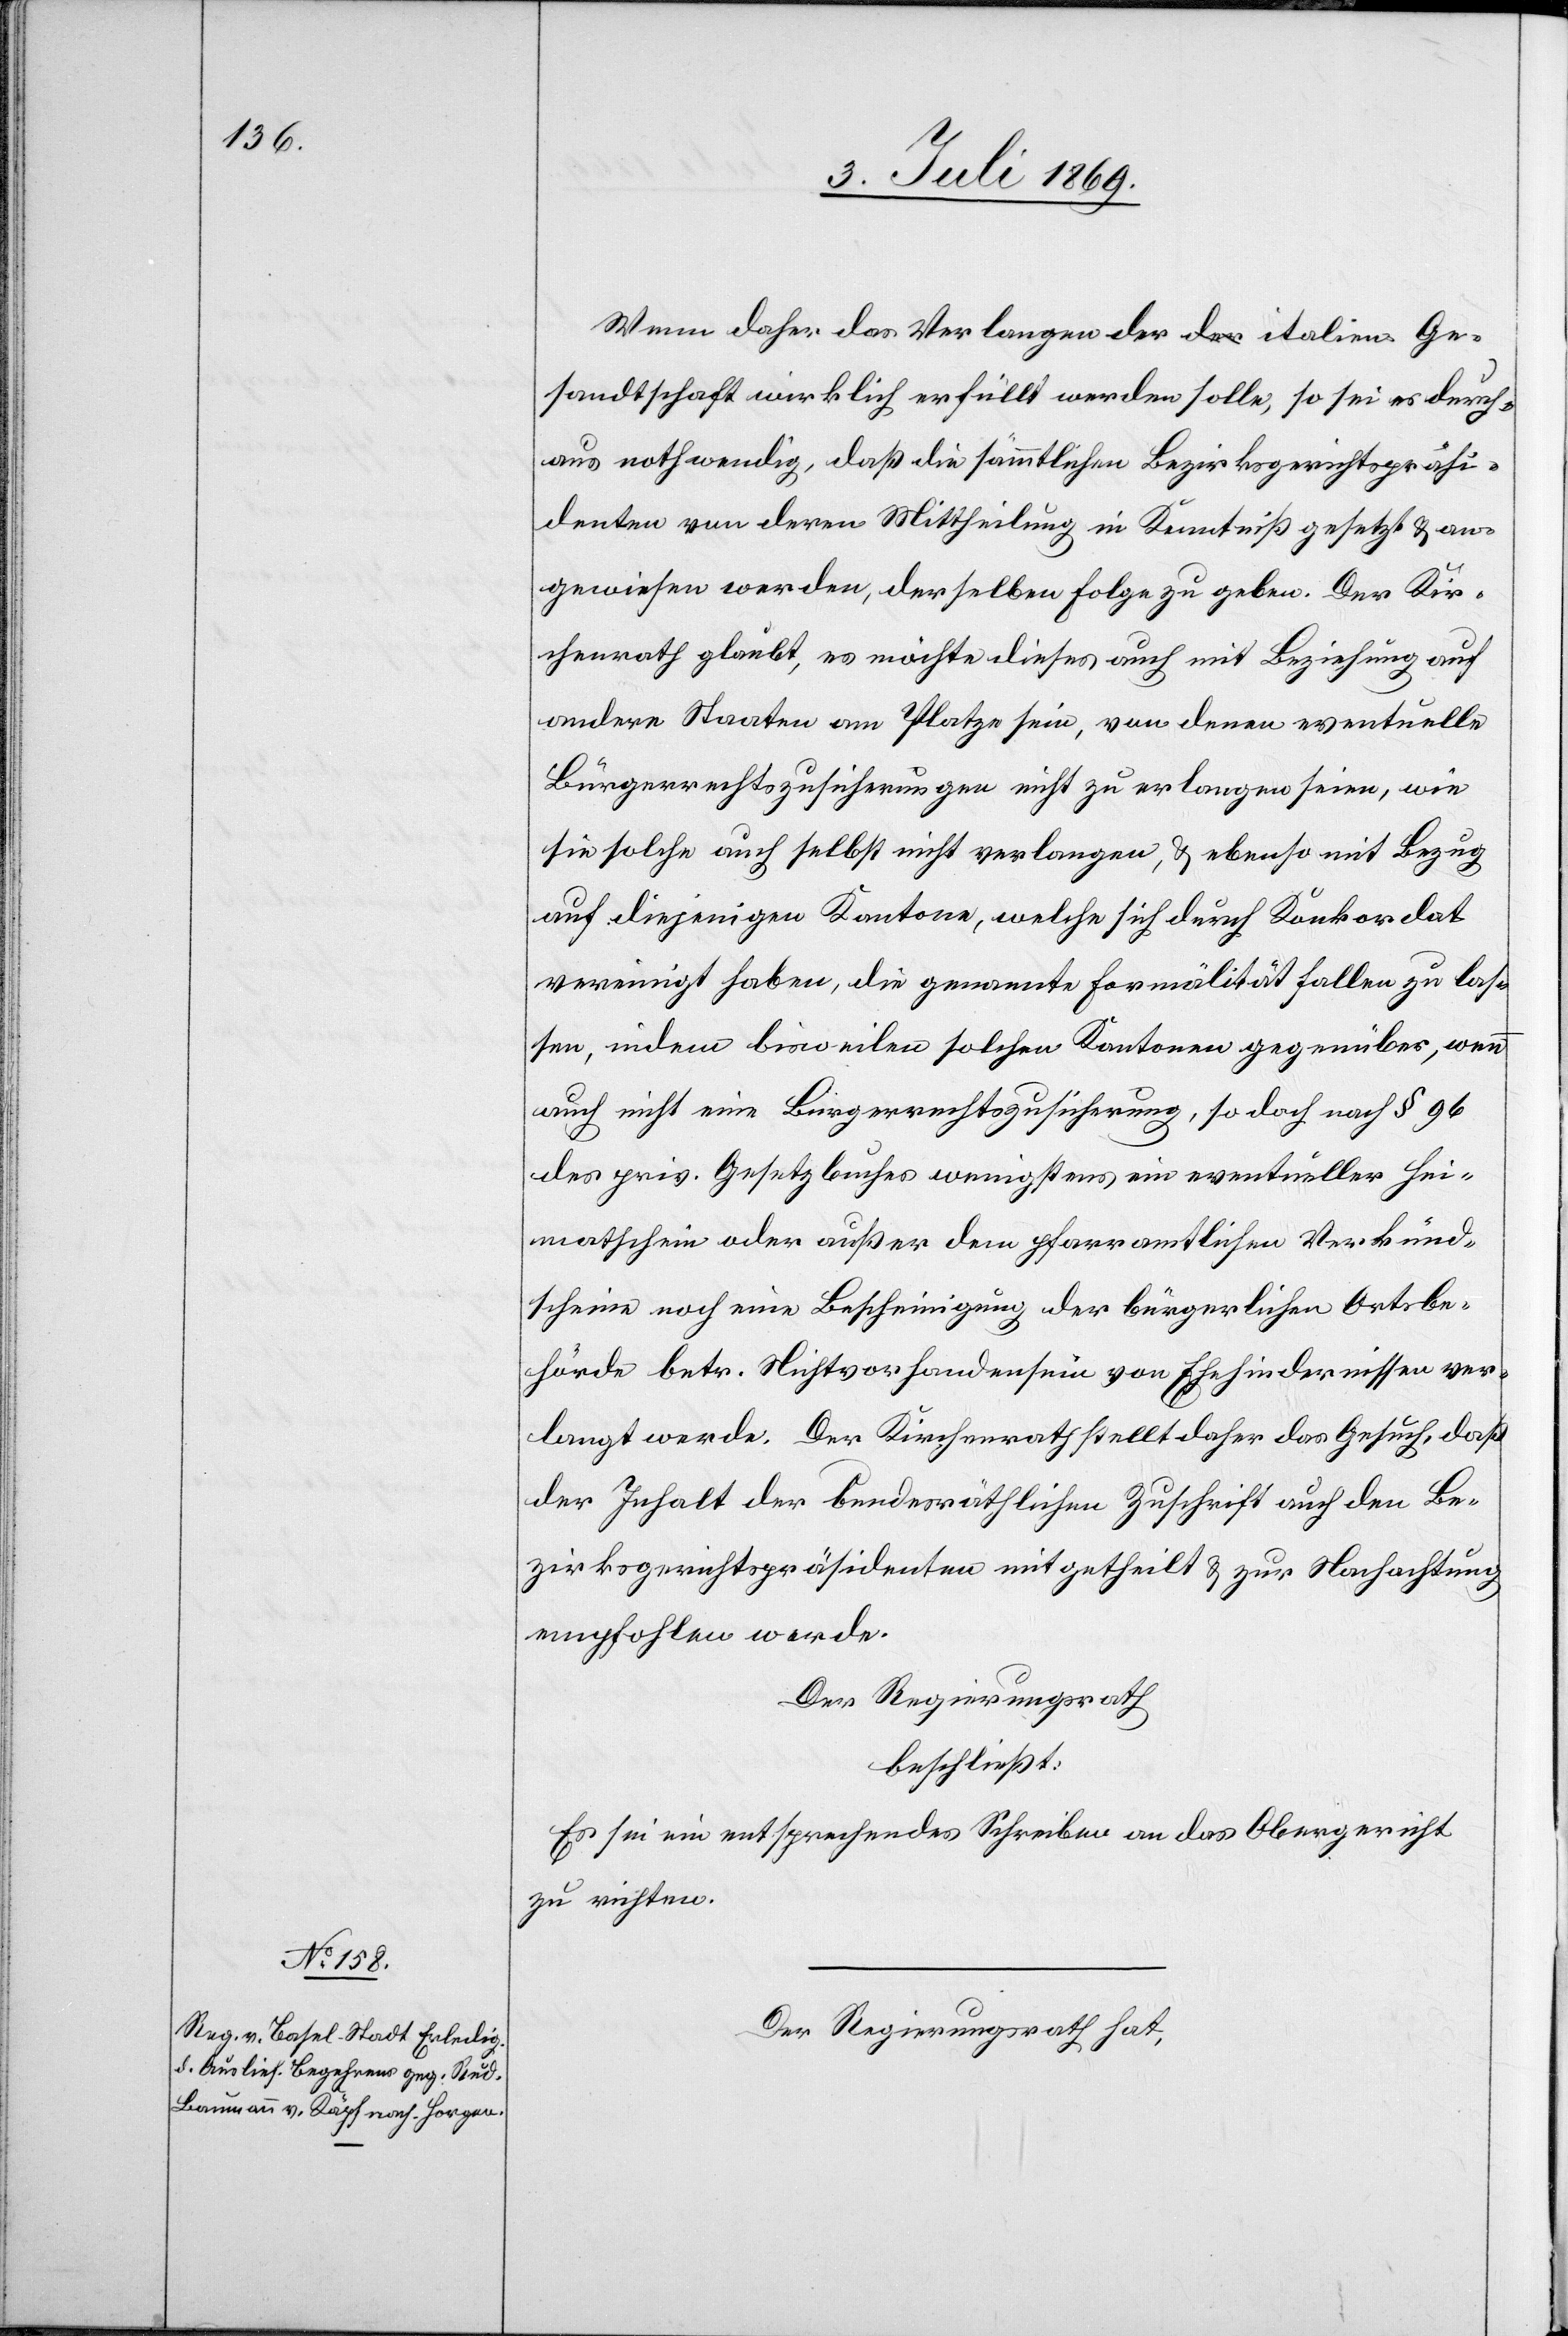
Wenn daher das Verlangen der italien. Ge¬
sandtschaft wirklich erfüllt werden solle, so sei es durch¬
aus nothwendig, daß die sämmtlichen Bezirksgerichtspräsi¬
denten von deren Mittheilung in Kenntniß gesetzt u. an¬
gewiesen werden, derselben Folge zu geben. Der Kir¬
chenrath glaubt, es möchte dieses auch mit Beziehung auf
andere Staaten am Platze sein, von denen eventuelle
Bürgerrechtszusicherungen nicht zu erlangen seien, wie
sie solche auch selbst nicht verlangen, u. ebenso mit Bezug
auf diejenigen Kantone, welche sich durch das Konkordat
vereinigt haben, die genannte Formalität fallen zu las¬
sen, indem bisweilen solchen Kantonen gegenüber, wenn
auch nicht eine Bürgerrechtszusicherung, so doch nach § 96
des priv. Gesetzbuches wenigstens ein eventueller Hei¬
matschein oder außer dem pfarramtlichen Verkünd¬
scheine noch eine Bescheinigung der bürgerlichen Ortsbe¬
hörde betr. Nichtvorhandensein von Ehehindernissen ver¬
langt werde. Der Kirchenrath stellt daher das Gesuch, daß
der Inhalt der bundesräthlichen Zuschrift auch den Be¬
zirksgerichtspräsidenten mitgetheilt u. zur Nachachtung
empfohlen werde.
Der Regierungsrath,
beschließt:
Es sei ein entsprechendes Schreiben an das Obergericht
zu richten.
Der Regierungsrath hat,